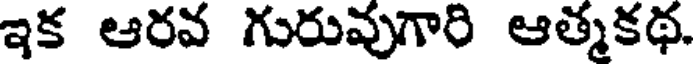
ఇక ఆరవ గురువుగారి ఆత్మకథ.